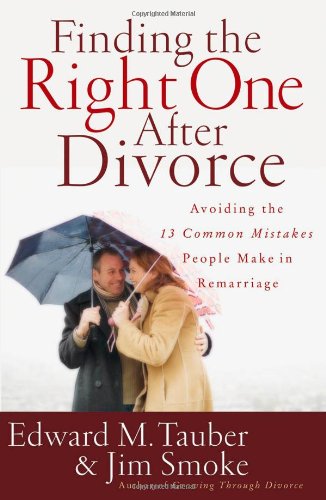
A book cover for Finding the Right One After Divorce: Avoiding the 13 Common Mistakes People Make in Remarriage; Edward M. Tauber; Self-Help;